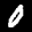
Label: 0